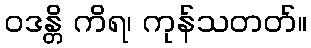
ဝဒန္တိ ကိရ၊ ကုန်သတတ်။